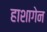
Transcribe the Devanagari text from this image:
हाशागेन